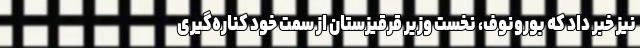
نیز خبر داد که بورونوف، نخست وزیر قرقیزستان از سمت خود کناره‌گیری